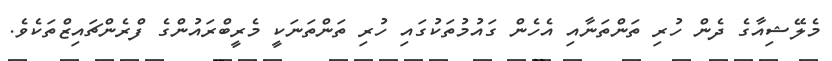
މެލޭޝިއާގެ ދެން ހުރި ތަންތަނާއި އެހެން ގައުމުތަކުގައި ހުރި ތަންތަނަކީ މެރީބްރައުންގެ ފްރެންޗައިޒްތަކެވެ.